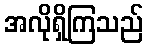
အလိုရှိကြသည်